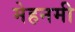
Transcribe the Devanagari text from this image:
मेहनमी